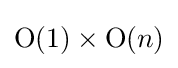
\mathrm {O} (1)\times \mathrm {O} (n)